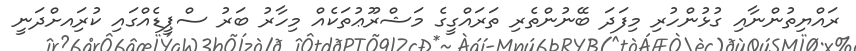
ރައްޔިތުންނާއި ގުޅުންހުރި މިފަދަ ބޭނުންތެރި ތަރައްގީގެ މަޝްރޫޢުތަކެއް މިހާރު ބަރު ސްޕީޑެއްގައި ކުރިައށްދަނީ